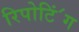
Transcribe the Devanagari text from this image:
रिपोटि॔ंग